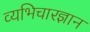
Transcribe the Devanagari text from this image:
व्यभिचारज्ञान